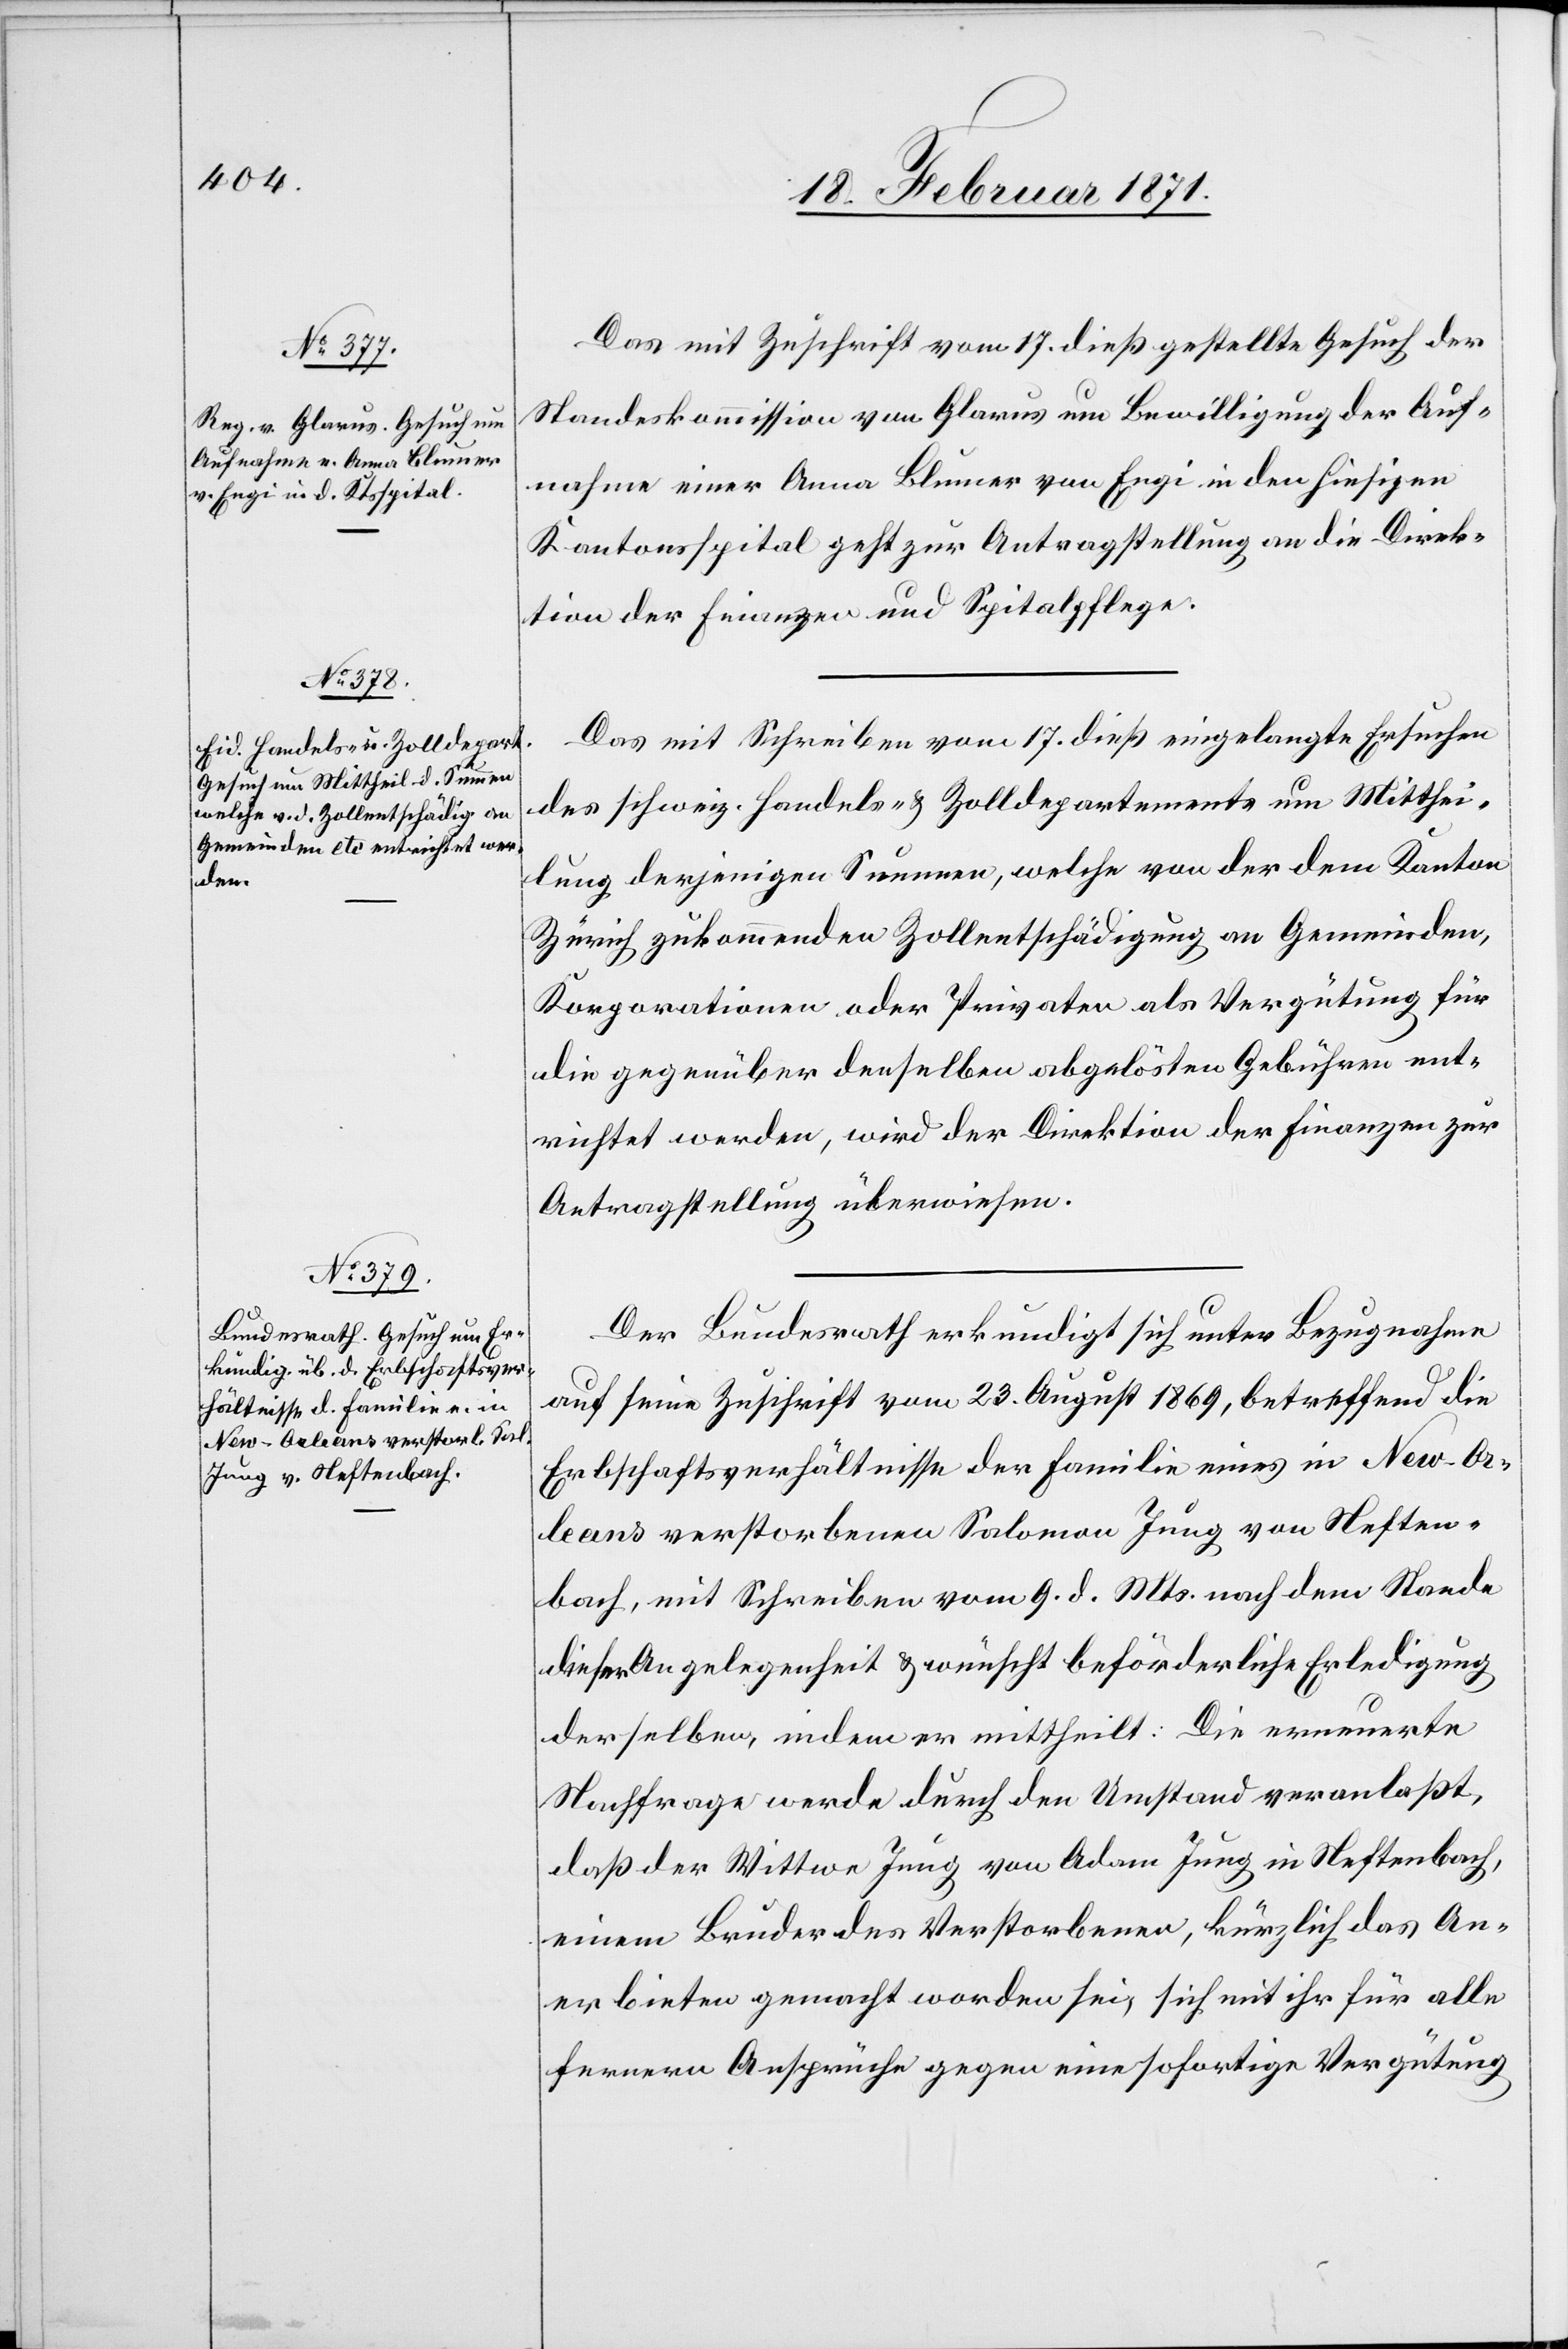
20. Februar 1871.]
Das mit Zuschrift vom 17. dieß gestellte Gesuch der
Standeskommission von Glarus um Bewilligung der Auf¬
nahme einer Anna Blumer von Engi in den hiesigen
Kantonsspital geht zur Antragstellung an die Direk¬
tion der Finanzen und Spitalpflege.
Das mit Schreiben vom 17. dieß eingelangte Ersuchen
des schweiz. Handels- u. Zolldepartements um Mitthei¬
lung derjenigen Summen, welche von der dem Kanton
Zürich zukommenden Zollentschädigung an Gemeinden,
Korporationen oder Privaten als Vergütung für
die gegenüber denselben abgelösten Gebühren ent¬
richtet werden, wird der Direktion der Finanzen zur
Antragstellung überwiesen.
Der Bundesrath erkundigt sich unter Bezugnahme
auf seine Zuschrift vom 23. August 1869, betreffend die
Erbschaftsverhältnisse der Familie eines in New-Or¬
leans verstorbenen Salomon Jung von Neften¬
bach, mit Schreiben vom 9. d. Mts. nach dem Stande
dieser Angelegenheit u. wünscht beförderliche Erledigung
derselben, indem er mittheilt: Die erneuerte
Nachfrage werde durch den Umstand veranlaßt,
daß der Wittwe Jung von Adam Jung in Neftenbach,
einem Bruder des Verstorbenen, kürzlich das An¬
erbieten gemacht worden sei, sich mit ihr für alle
ferneren Ansprüche gegen eine sofortige Vergütung